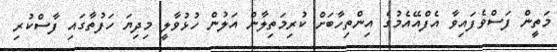
މަތީން ފަސްވެފައިވާ އެފްއޭއެމުގެ އިންތިހާބަށް ކުރިމަތިލާން އަލުން ހުޅުވާލީ މިދިޔަ ހަފުތާގައި ފާސްކުރި